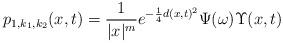
LaTeX: \begin{align*}p_{1,k_1,k_2}(x,t)= \frac{1}{|x|^m}e^{-\frac{1}{4}d(x,t)^2}\Psi(\omega) \Upsilon(x,t)\end{align*}